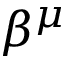
\beta ^ { \mu }